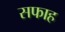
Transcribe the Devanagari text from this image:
सफाह